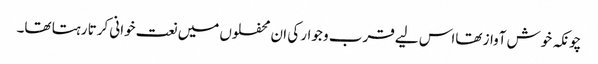
چونکہ خوش آواز تھااس لیے قرب و جوار کی ان محفلوں میں نعت خوانی کرتا رہتا تھا۔